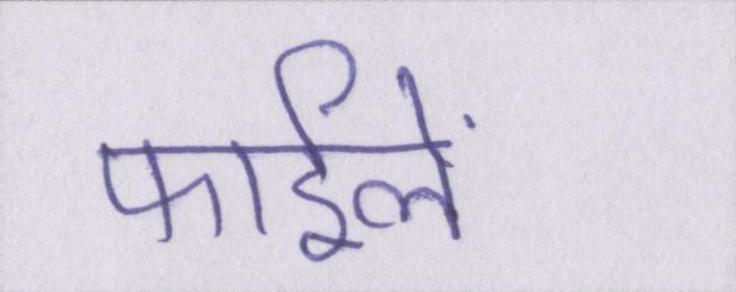
फाईलें